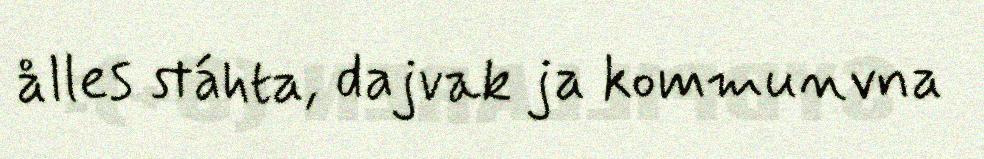
ålles stáhta, dajvak ja kommunvna